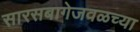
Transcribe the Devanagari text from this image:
सारसबागेजवळच्या